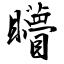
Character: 矒